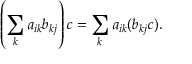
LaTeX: \left( \sum _ { k } a _ { i k } b _ { k j } \right) c = \sum _ { k } a _ { i k } ( b _ { k j } c ) .